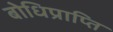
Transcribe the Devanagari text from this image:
बोधिप्राप्ति